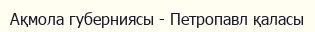
Ақмола губерниясы - Петропавл қаласы